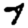
Digit: 7